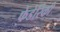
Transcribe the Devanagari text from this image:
फेडेरिकी